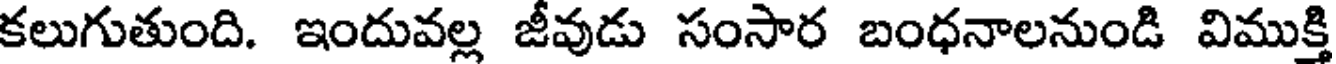
కలుగుతుంది. ఇందువల్ల జీవుడు సంసార బంధనాలనుండి విముక్తి